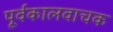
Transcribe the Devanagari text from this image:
पूर्वकालवाचक